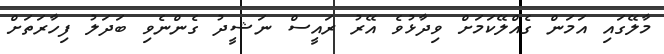
މާލޭގައި އަމަން ގެއްލޭކަމަށް ވިދާޅުވެ އޭރު ރައީސް ނަޝީދު ގެންނެވި ބަދަލު ފިހާރަތަށް